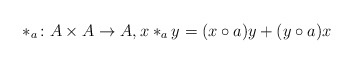
\begin{align*} *_a\colon A\times A \to A, x*_ay = (x\circ a)y + (y\circ a)x \end{align*}